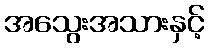
အသွေးအသားနှင့်